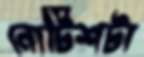
নোটিশটা